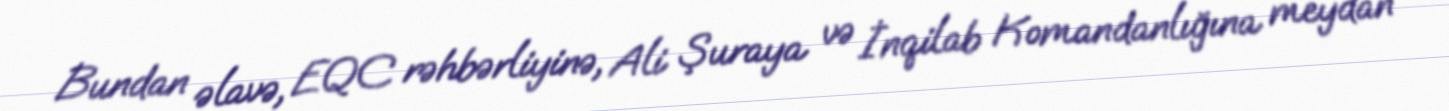
Bundan əlavə, EQC rəhbərliyinə, Ali Şuraya və İnqilab Komandanlığına meydan